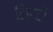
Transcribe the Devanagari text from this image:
लिटटी